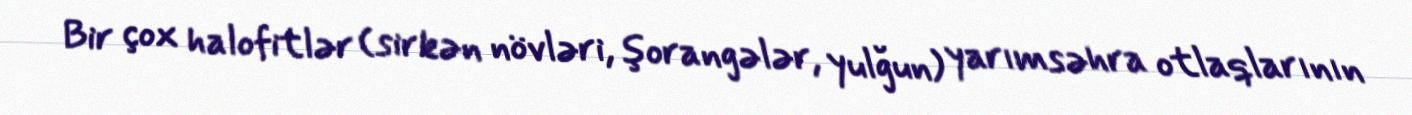
Bir çox halofitlər (sirkən növləri, şorangələr, yulğun) yarımsəhra otlaqlarının